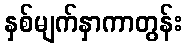
နှစ်မျက်နှာကာတွန်း